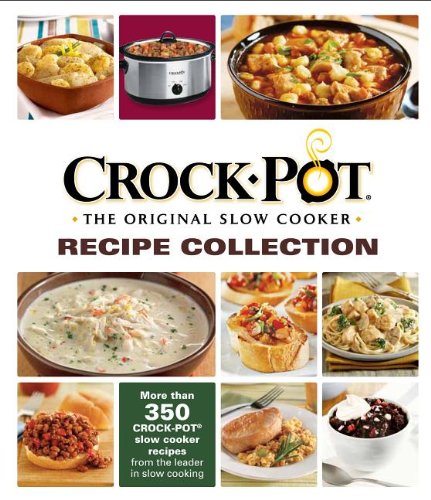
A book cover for Crock-PotÂ® The Original Slow Cooker  Recipe Collection; Cookbooks, Food & Wine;